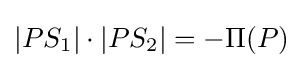
|PS_{1}|\cdot |PS_{2}|=-\Pi (P)